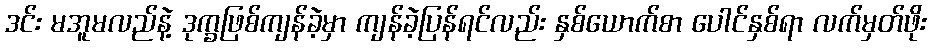
ဒင်း မအူမလည်နဲ့ ဒုက္ခဖြစ်ကျန်ခဲ့မှာ ကျန်ခဲ့ပြန်ရင်လည်း နှစ်ယောက်စာ ပေါင်နှစ်ရာ လက်မှတ်ဖိုး